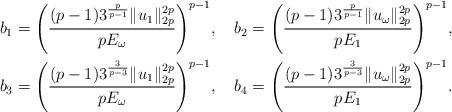
LaTeX: \begin{align*}&b_{1}=\Bigg(\frac{(p-1)3^{\frac{p}{p-1}}\|u_{1}\|_{2p}^{2p}}{pE_{\omega}}\Bigg)^{p-1},\ \ \ b_{2}=\Bigg(\frac{(p-1)3^{\frac{p}{p-1}}\|u_{\omega}\|_{2p}^{2p}}{pE_{1}}\Bigg)^{p-1},\\&b_{3}=\Bigg(\frac{(p-1)3^{\frac{3}{p-3}}\|u_{1}\|_{2p}^{2p}}{pE_{\omega}}\Bigg)^{p-1},\ \ \ b_{4}=\Bigg(\frac{(p-1)3^{\frac{3}{p-3}}\|u_{\omega}\|_{2p}^{2p}}{pE_{1}}\Bigg)^{p-1}.\end{align*}